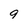
Character: 9